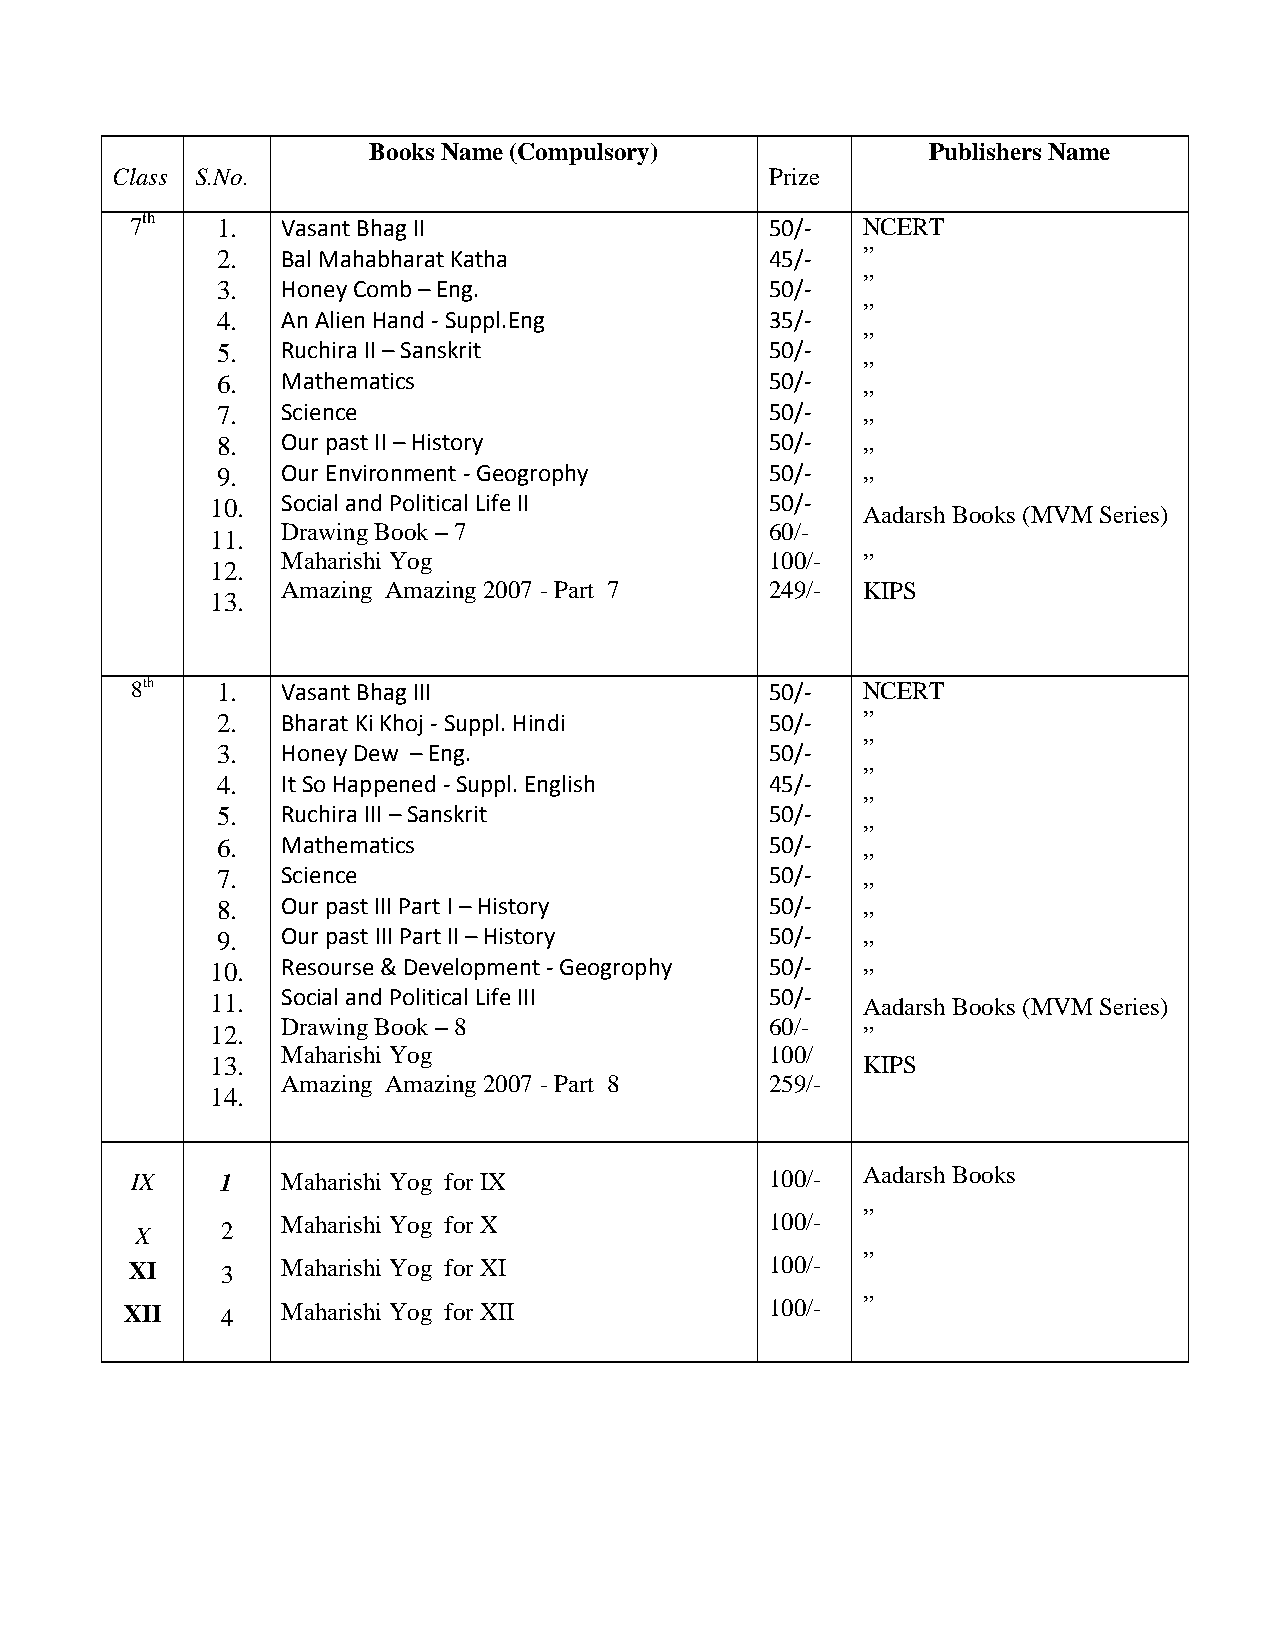
Books Name (Compulsory)               Publishers Name
 Class S.No.                                 Prize
 7th  1.   Vasant Bhag II                  50/-  NCERT
 2.   Bal Mahabharat Katha            45/-  ”
 3.   Honey Comb – Eng.               50/-  ”
 ”
 4.   An Alien Hand - Suppl.Eng       35/-
 ”
 5.   Ruchira II – Sanskrit           50/-
 ”
 6.   Mathematics                     50/-
 ”
 7.   Science                         50/-
 ”
 8.   Our past II – History           50/-
 ”
 9.   Our Environment - Geogrophy     50/-
 ”
 10.  Social and Political Life II    50/-
 Aadarsh Books (MVM Series)
 Drawing Book – 7                60/-
 11.
 Maharishi Yog                   100/- ”
 12.
 Amazing Amazing 2007 - Part 7   249/- KIPS
 13.
 8th  1.   Vasant Bhag III                 50/-  NCERT
 2.   Bharat Ki Khoj - Suppl. Hindi   50/-  ”
 3.   Honey Dew – Eng.                50/-  ”
 ”
 4.   It So Happened - Suppl. English 45/-
 ”
 5.   Ruchira III – Sanskrit          50/-
 ”
 6.   Mathematics                     50/-
 ”
 7.   Science                         50/-
 ”
 8.   Our past III Part I – History   50/-
 ”
 9.   Our past III Part II – History  50/-
 ”
 10.  Resourse & Development - Geogrophy 50/-
 ”
 11.  Social and Political Life III   50/-  Aadarsh Books (MVM Series)
 Drawing Book – 8                60/-
 12.                                        ”
 Maharishi Yog                   100/
 13.                                        KIPS
 Amazing Amazing 2007 - Part 8   259/-
 14.
 IX    1   Maharishi Yog for IX            100/- Aadarsh Books
 X     2   Maharishi Yog for X             100/- ”
 XI    3   Maharishi Yog for XI            100/- ”
 XII    4   Maharishi Yog for XII           100/- ”